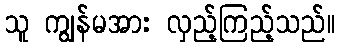
သူ ကျွန်မအား လှည့်ကြည့်သည်။